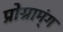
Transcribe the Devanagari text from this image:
प्रोग्राम्ंग